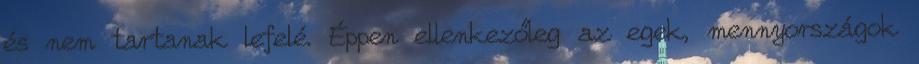
és nem tartanak lefelé. Éppen ellenkezőleg az egek, mennyországok